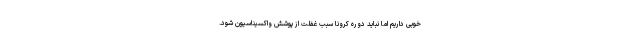
خوبی داریم اما نباید دوره کرونا سبب غفلت از پوشش واکسیناسیون شود.